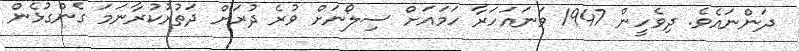
ދަންނައެވެ. ދިވެހީން 1947 ވަނައަހަރާ ހަމައަށް ސިލޯނަށް ވުރެ ދުރަށް ދަތުރުކުރާނަމަ ގެންގުޅެން